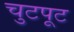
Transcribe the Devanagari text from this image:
चुटपूट